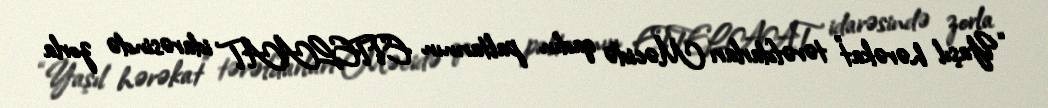
“Yaşıl hərəkat” tərəfdarları Məcidə qadın paltarının ETTELAAT idarəsində zorla